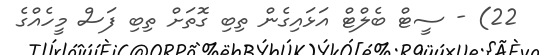
22) - ސީޓް ބެލްޓް އަޅައިގެން ތިބި ގޮތަށް ތިބި ފަސް މީހެއްގެ